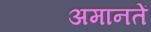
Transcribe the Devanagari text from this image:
अमानतें